Sketch of the medical history of the native army of Bombay, for the year
Year: 1872
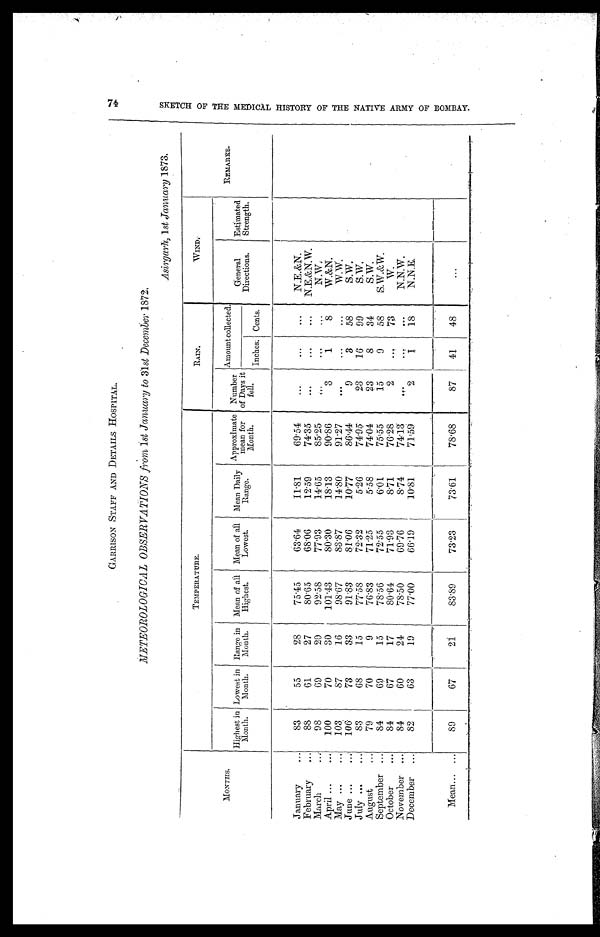
GARRISON STAFF AND DETAILS HOSPITAL.
METEOROLOGICAL OBSERVATIONS from 1st January to 31st December 1872.
MONTHS.
TEMPERATURE.
RAIN.
WIND.
REMARKS.
Number
of Days i t
fell.
Amount collected.
General
Directions.
Estimated
Strength.
Highest in
Month.
Lowest in
Month.
Range in
Month.
Mean of all
Highest.
Mean of ail
Lowest.
Mean Daily
Range.
Approximate
mean for
Month.
Inches: Cents.
January
83
55
28
75.45
63.64
11.81
69.54
. . .
. . .
...
N.E.&N.
February
88
61
27
80.65
68.06
12.59
74.35
. . .
...
...
N.E.&N.W.
March
98
69
29
92.58
77.93
14.65
85.25
. . .
. . .
. . .
N.W.
April
100
70
30
101.43
80.30
18.13
90.86
3
1
8
W.&N.
May
103
87
16
98.67
83.87
14.80
91.27
. . .
...
. . .
W.W.
June
1 0 6
73
33
91.83
81.06
10.77
86.44
9
3
58
S.W.
July
83
68
15
77.58
72.32
5.26
74.95
23
16
99
S.W.
August
79
70
9
76.83
71.25
5.58
74.04
23
8
34
S.W.
September
84
69
15
78.56
72.55
6.01
75.55
15
9
58
S. W.& W.
October
84
67
17
80.64
71.93
8.71
76.28
2
. . .
7 3
W.
November
84
60
24
78.50
69.76
8.74
74.13
. . .
. . .
. . .
N.N.W.
December
82
63
19
77.00
66.19
10.81
71.59
2
1
18
N.N.E.
Mean
89
67
21
83.89
73.23
73.61
78.68
87
41
48
...
7 4 S K E T C H O F T H E M E D I C A L H I S T O R Y O F T H E N A T I V E A R M Y O F B O M B A Y .